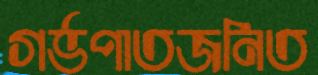
গর্ভপাতজনিত